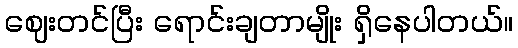
ဈေးတင်ပြီး ရောင်းချတာမျိုး ရှိနေပါတယ်။